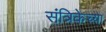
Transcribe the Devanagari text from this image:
संत्रिकेच्या